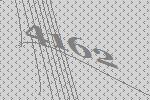
4162